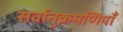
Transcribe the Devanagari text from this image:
सर्वानुक्रमणियाँ